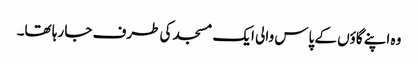
وہ اپنے گاؤں کے پاس والی ایک مسجد کی طرف جا رہا تھا۔